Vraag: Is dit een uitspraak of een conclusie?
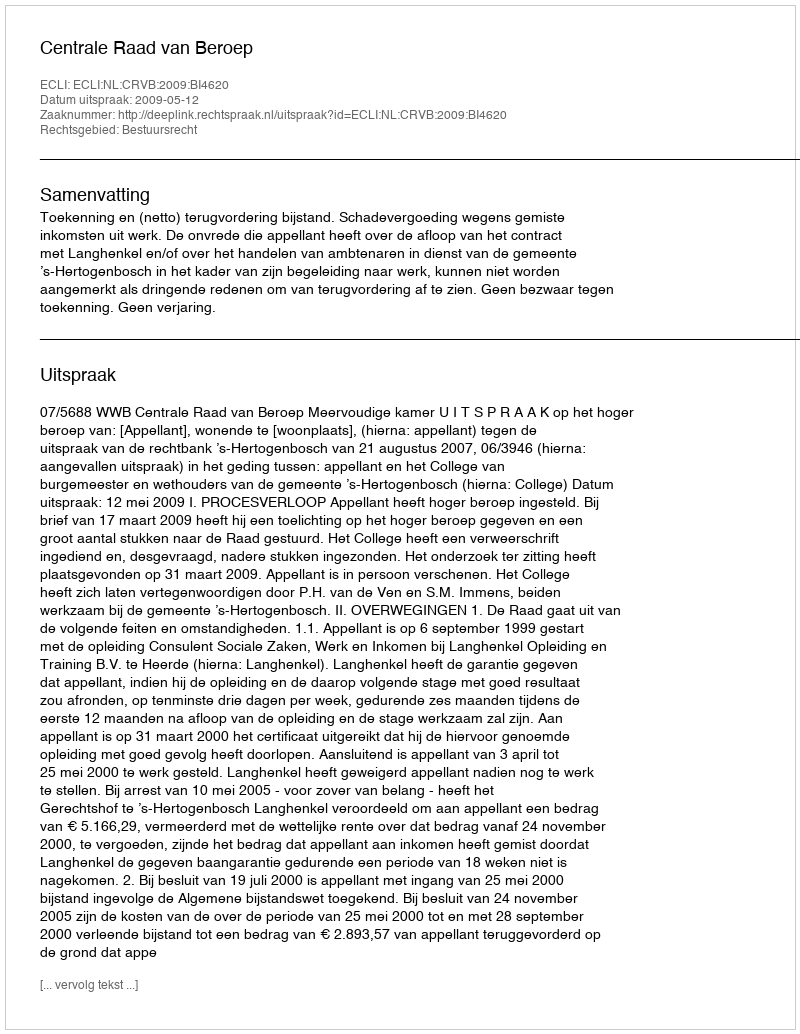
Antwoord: Uitspraak